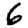
Digit: 6